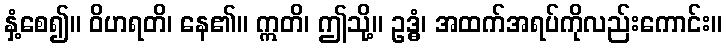
နှံ့စေ၍။ ဝိဟရတိ၊ နေ၏။ ဣတိ၊ ဤသို့။ ဥဒ္ဓံ၊ အထက်အရပ်ကိုလည်းကောင်း။